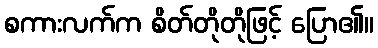
စကားလက်က စိတ်တိုတိုဖြင့် ပြော၏။